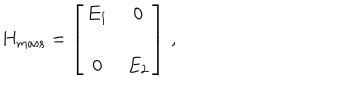
H _ { \mathrm { m a s s } } = \left[ \begin{array} { c c } { { E _ { 1 } } } & { { 0 } } \\ { { 0 } } & { { E _ { 2 } } } \\ \end{array} \right] \, ,